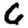
Digit: 6